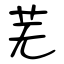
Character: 芜